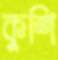
কুশি